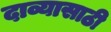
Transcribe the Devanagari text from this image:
दाव्यासाठी